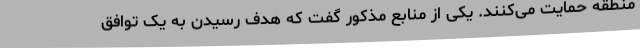
منطقه حمایت می‌کنند. یکی از منابع مذکور گفت که هدف رسیدن به یک توافق